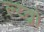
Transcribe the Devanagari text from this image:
ल्य्व्रो